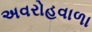
અવરોહવાળા